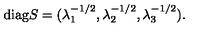
\mathrm { d i a g } S = ( \lambda _ { 1 } ^ { - 1 / 2 } , \lambda _ { 2 } ^ { - 1 / 2 } , \lambda _ { 3 } ^ { - 1 / 2 } ) .